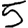
Digit: 5